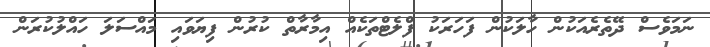
ނަމަވެސް ދޭތެރެއަކުން ހާލަކުން ފަހަރަކު ފްލެޓްތަކެއް އިމާރާތް ކުރުން ފިޔަވައި މައްސަލަ ހައްލުކުރަން